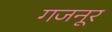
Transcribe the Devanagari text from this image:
गजनूर